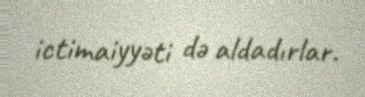
ictimaiyyəti də aldadırlar.